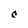
Character: c